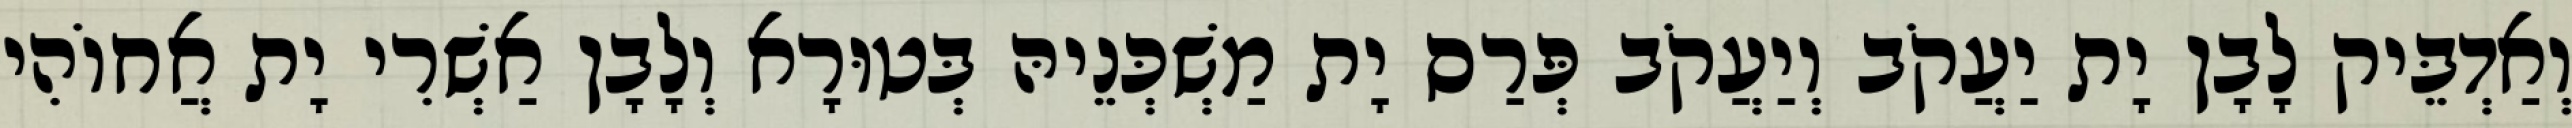
וְאַדְבֵּיק לָבָן יָת יַעֲקֹב וְיַעֲקֹב פְּרַס יָת מַשְׁכְּנֵיהּ בְּטוּרָא וְלָבָן אַשְׁרִי יָת אֲחוֹהִי